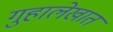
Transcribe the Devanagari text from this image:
गुहालेखात